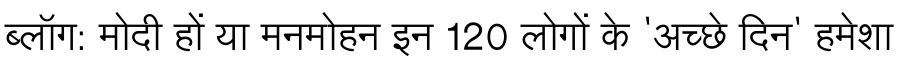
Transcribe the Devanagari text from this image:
ब्लॉग: मोदी हों या मनमोहन इन 120 लोगों के 'अच्छे दिन' हमेशा